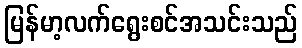
မြန်မာ့လက်ရွေးစင်အသင်းသည်